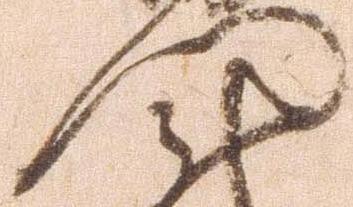
門